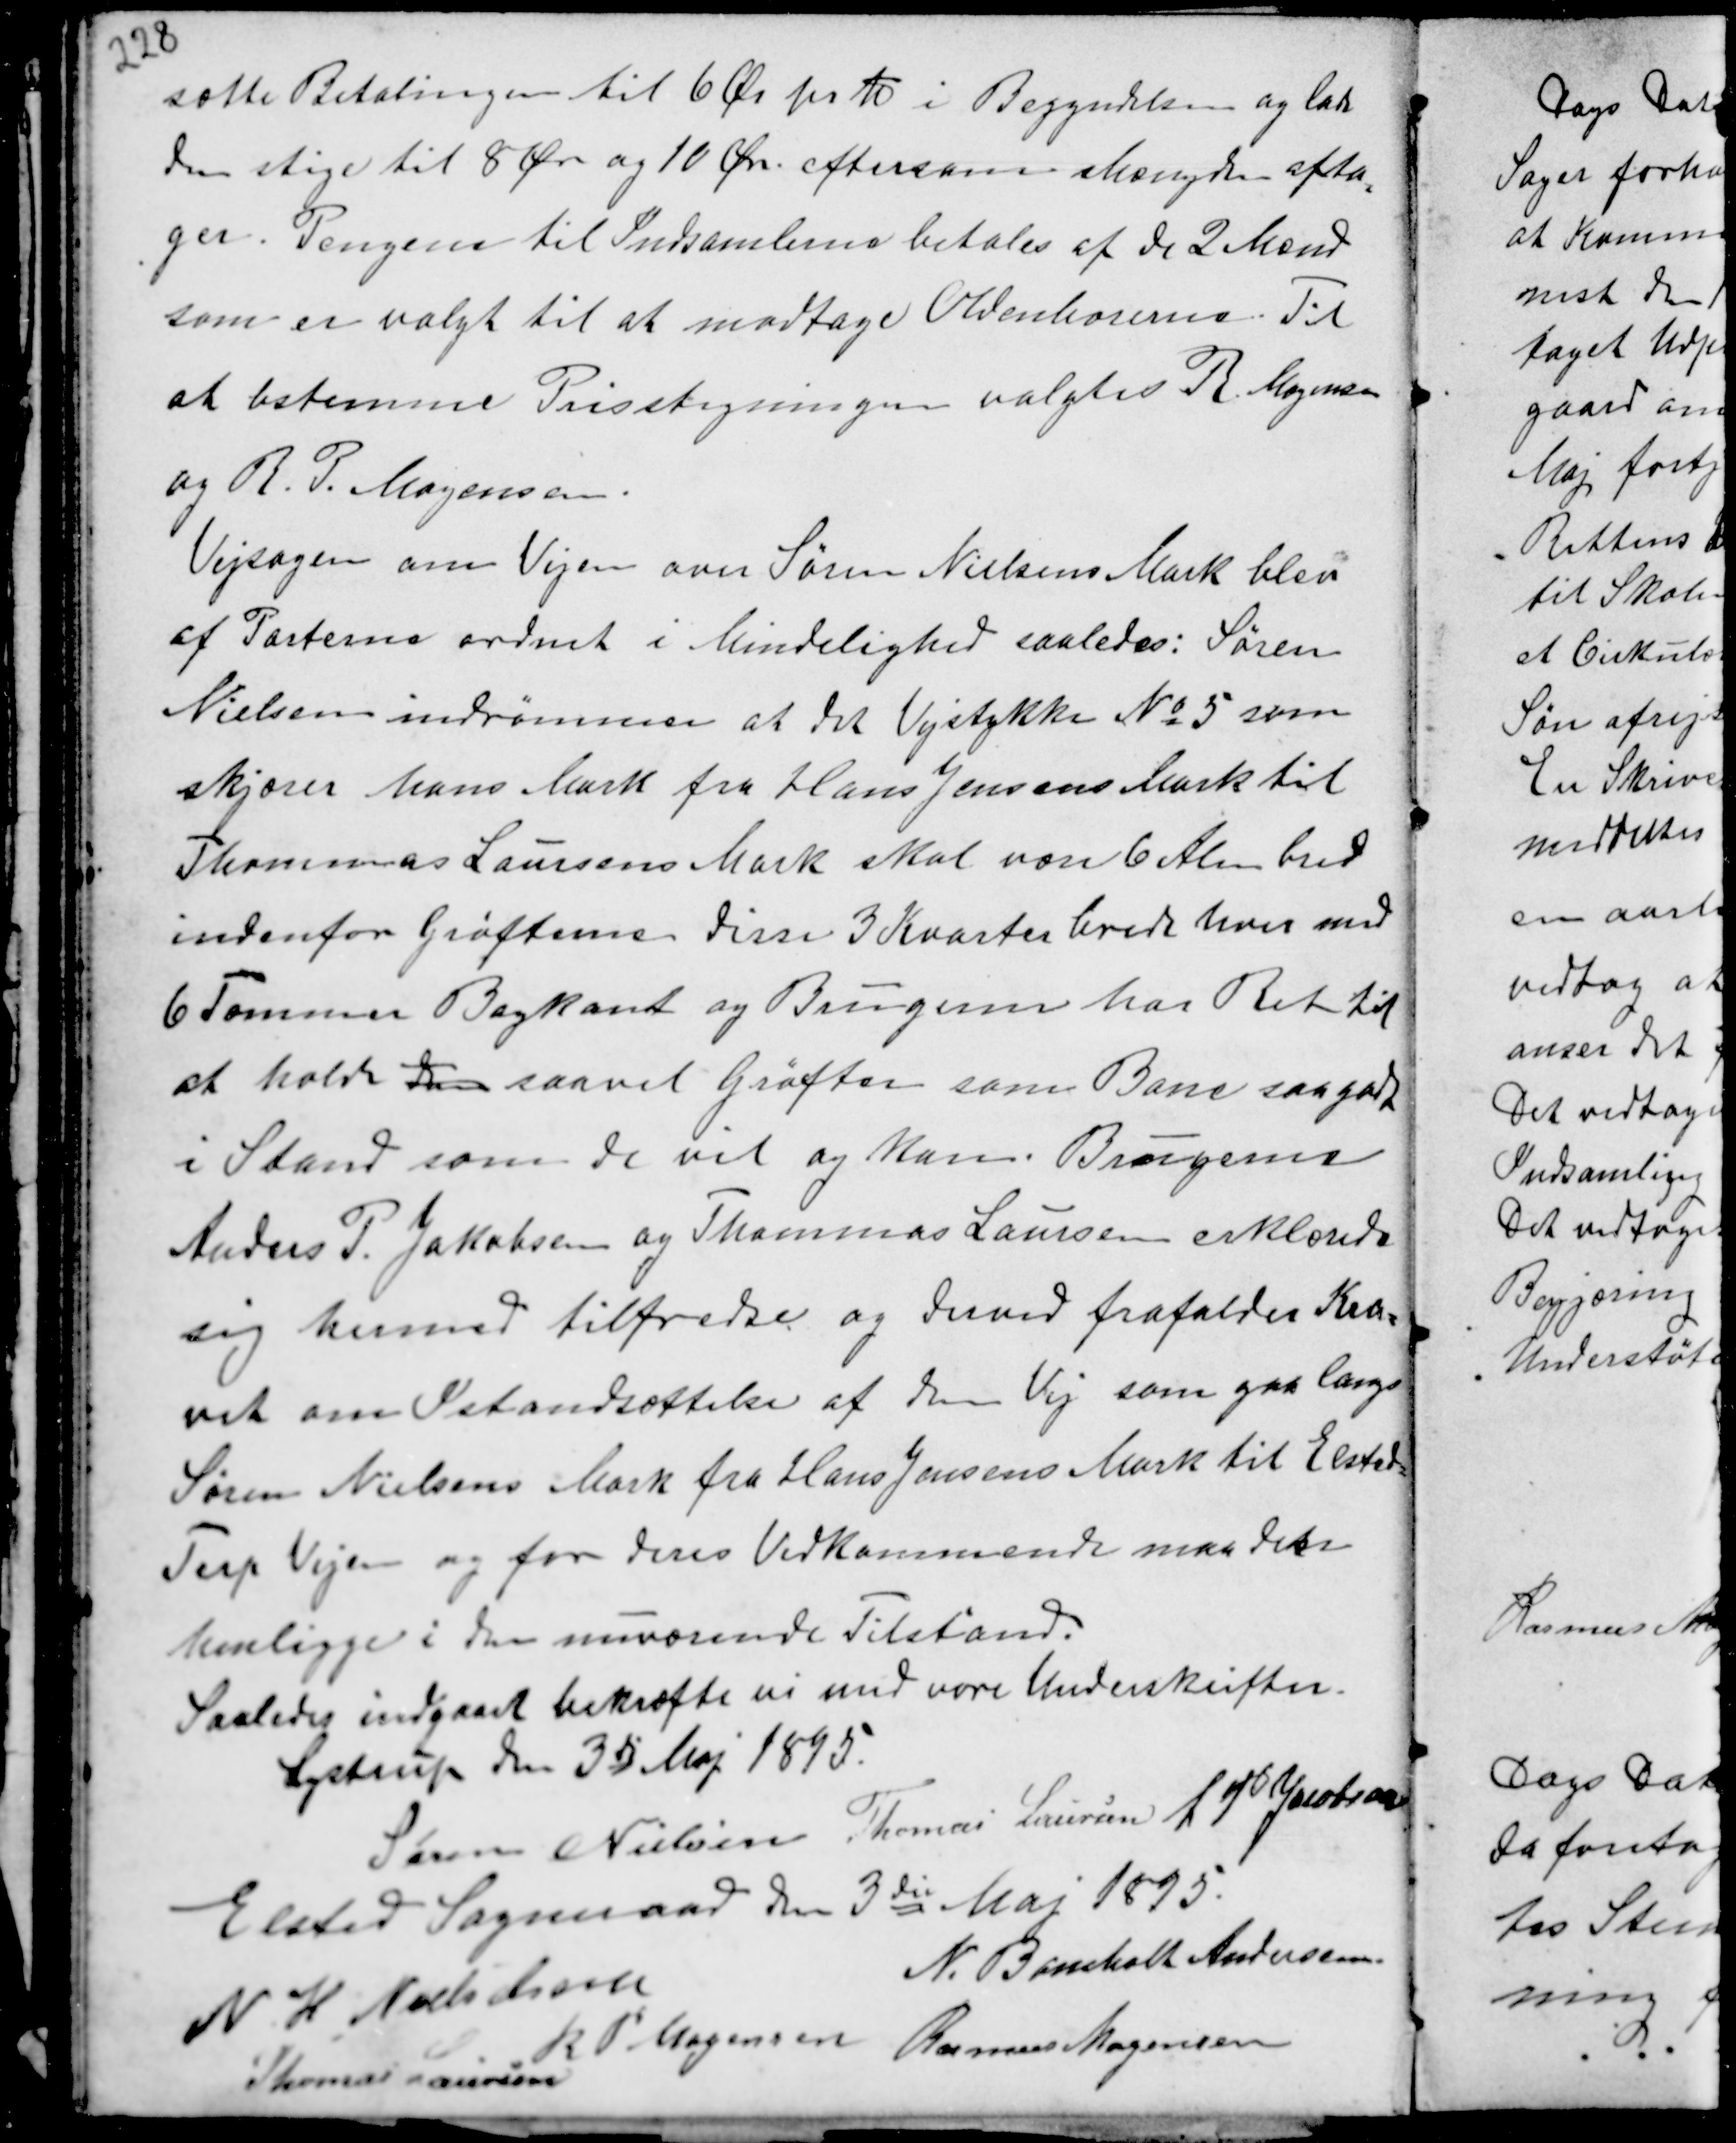
Transskription:
sætte Betalingen til 6 Ør pr Td i Begyndelsen og lade
den stige til 8 Øre og 10 Øre. eftersom Mængden afta-
ger. Pengene til Indsamlerne betales af de 2 Mænd
som er valgt til at modtage Oldenborerne. Til
at bestemme Prisstyringen valgtes R. Mogensen
og R. P. Mogensen.
Vejsagen om Vejen over Søren Nielsens Mark blev
af Parterne ordnet i Mindelighed saaledes: Søren
Nielsen indrømmer at det Vejstykke No 5 som
skjærer hans Mark fra Hans Hans Jensens Mark til
Thomas Laursens Mark skal være 6 Alen bred
indenfor Grøfterne disse 3 Kvarter brede hver med
6 Tommer Bagkant og Brugerne har Ret til
at holde dem saavel Grøften som Bane saa godt
i Stand som de vil og kan. Brugerne
Anders P. Jakobsen og Thommas Laursen erklærede
sig hermed tilfredse og derved frafaldes Kra-
vet om Istandsættelse af den Vej som gaa langs
Søren Nielsens Mark fra Hans Jensens Mark til Elsted -
Terp Vejen og for deres Vedkommende maa dets
henligge i den nuværende Tilstand.
Saaledes indgaaet bekræfte vi med vore Underskrifter.
Lystrup den 3die Maj 1895.

Søren Nielsen Thomas Laursen A P Jakobsen
Elsted Sogneraad den 3die Maj 1895.
N. Bomholt Andersen
N H Nielsen
R P Mogensen Rasmus Mogensen
Thomas Laursen